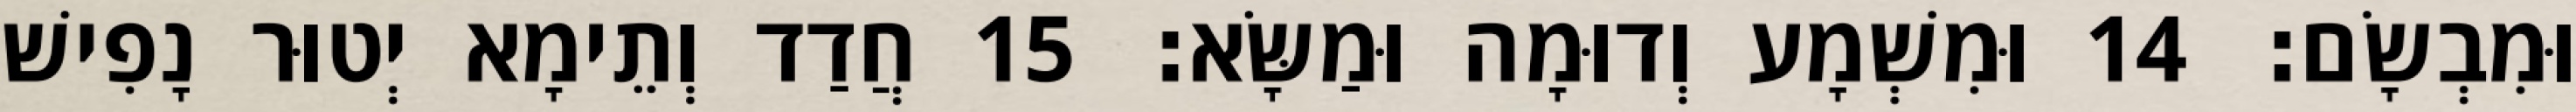
וּמִבְשָׂם׃ 14 וּמִשְׁמָע וְדוּמָה וּמַשָּׂא׃ 15 חֲדַד וְתֵימָא יְטוּר נָפִישׁ